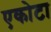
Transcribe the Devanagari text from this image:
एकोटा